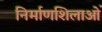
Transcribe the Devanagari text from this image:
निर्माणशिलाओं